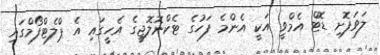
ލަވަފޮށި ޑޮޓް އެމްވީ އަކީ އެންމެ ފަހުގެ ޓެކްނޮލޮޖީގެ އެހީގައި އެ ޕްލެޓްފޯމްގައި